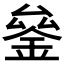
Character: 𰼫